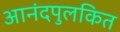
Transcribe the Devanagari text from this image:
आनंदपुलकित